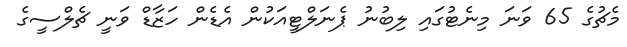
މެޗުގެ 65 ވަނަ މިނެޓުގައި ލިބުނު ޕެނަލްޓީއަކުން އެޑެން ހަޒާޑް ވަނީ ޗެލްސީގެ